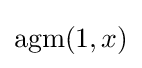
\operatorname {agm} (1,x)